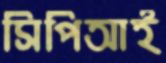
সিপিআই